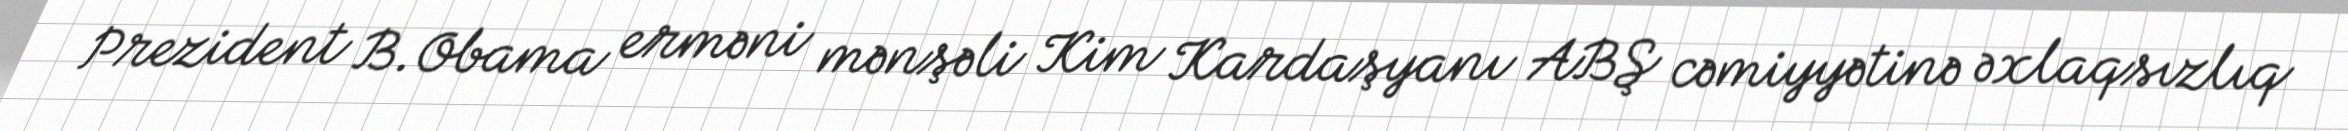
Prezident B.Obama erməni mənşəli Kim Kardaşyanı ABŞ cəmiyyətinə əxlaqsızlıq